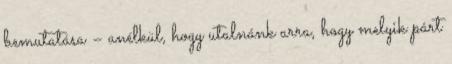
bemutatása – anélkül, hogy utalnánk arra, hogy melyik párt